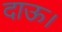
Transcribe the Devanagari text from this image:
दाऊ।